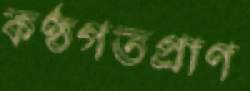
কণ্ঠগতপ্রাণ